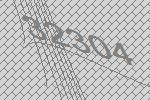
32304